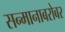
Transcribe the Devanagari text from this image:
सन्मानाबरोबर